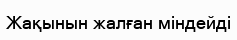
Жақынын жалған міндейді